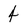
Character: 4